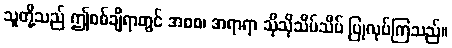
သူတို့သည် ဤစစ်ချီရာတွင် အစစ၊ အရာရာ သိုသိုသိပ်သိပ် ပြုလုပ်ကြသည်။